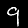
Digit: 9